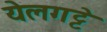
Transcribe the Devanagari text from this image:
येलगट्टे